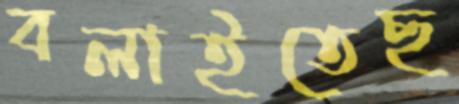
বলাইতেছ